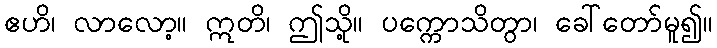
ဧဟိ၊ လာလော့။ ဣတိ၊ ဤသို့။ ပက္ကောသိတွာ၊ ခေါ်တော်မူ၍။